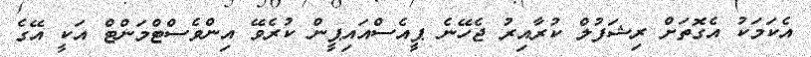
އެކަމަކު އެގޮތަށް ރިޝަފުލް ކުރާއިރު ޖެހޭނެ ޕީއެސްއައިޕީން ކުރެވޭ އިންވެސްޓްމަންޓް އަކީ އޭގެ